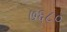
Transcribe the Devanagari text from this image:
७६८०